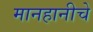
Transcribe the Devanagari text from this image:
मानहानीचे